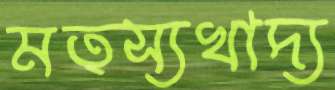
মত্স্যখাদ্য